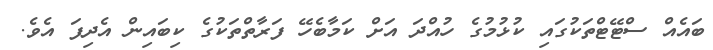
ބައެއް ސްޓޭޓްތަކުގައި ކުޅުމުގެ ހުއްދަ އަށް ކަމާބެހޭ ފަރާތްތަކުގެ ކިބައިން އެދިފަ އެވެ.